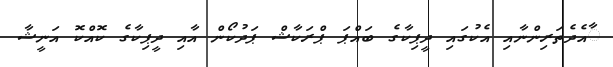
ާއެދެތަރިންނާއި އެކުގައި ދީޕިކާގެ ބައްޕަ ޕްރަކާޝް ޕަދުކޯން އާއި ދީޕިކާގެ ކޮއްކޮ އަނީޝާ